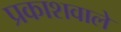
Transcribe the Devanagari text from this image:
प्रकाशवाले